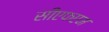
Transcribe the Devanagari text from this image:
सीएफएम